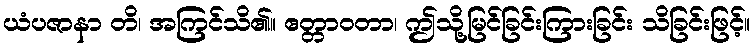
ယံပဇာနာ တိ၊ အကြင်သိ၏။ ဧတ္တာဝတာ၊ ဤသို့မြင်ခြင်းကြားခြင်း သိခြင်းဖြင့်။